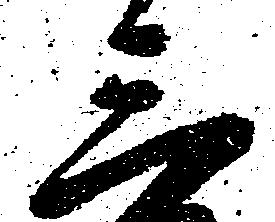
三